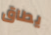
يطاق